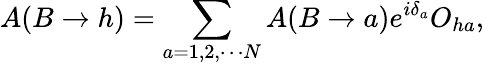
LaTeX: A(B\rightarrow h)=\sum_{a=1,2,\cdots N}A(B\rightarrow a)e^{i\delta_{a}}O_{ha},